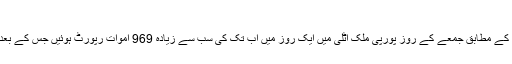
اٹلی میں ایک ہی دن میں ریکارڈ 969 اموات
فرانسیسی خبر رساں ادارے اے ایف پی کی رپورٹ کے مطابق جمعے کے روز پورپی ملک اٹلی میں ایک روز میں اب تک کی سب سے زیادہ 969 اموات رپورٹ ہوئیں جس کے بعد وہاں ہلاکتوں کی تعداد 9 ہزار 134 تک پہنچ گئی۔